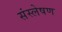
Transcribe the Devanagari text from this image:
संस्लेषण